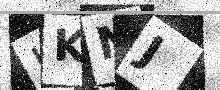
Text: HKNJ